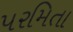
પરમિતા